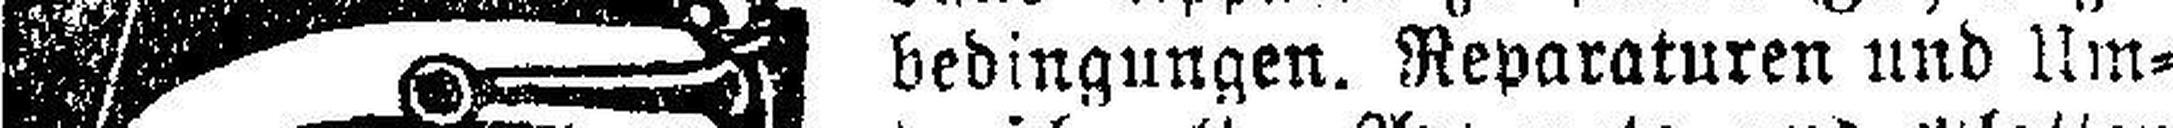
bedingungen. Reparaturen und Um¬